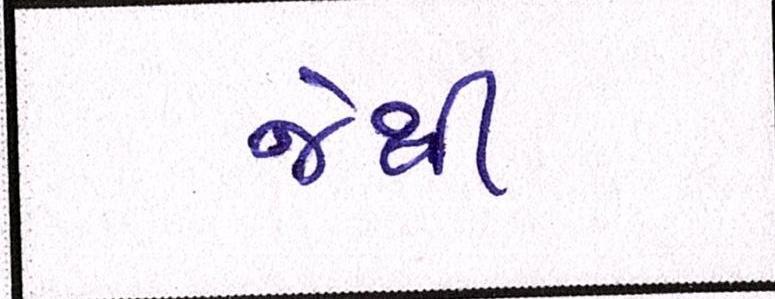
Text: જેથી